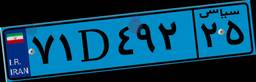
۷۱D۴۹۲۲۵